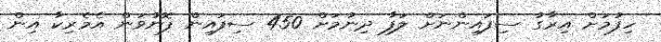
ހިފުމަށް އިރާގު ސިފައިންނަށް ލަފާ ދިނުމަށް 450 ސިފައިން ފޮނުވަން އެމެރިކާ އިން